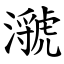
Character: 㶁